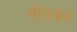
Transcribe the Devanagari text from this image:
गीतकर